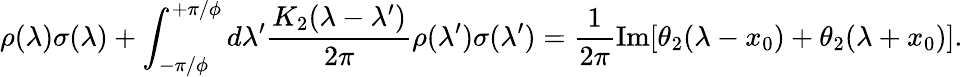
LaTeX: \rho(\lambda)\sigma(\lambda)+\int_{-\pi/\phi}^{+\pi/\phi}d\lambda^{\prime}\frac{K_{2}(\lambda-\lambda^{\prime})}{2\pi}\rho(\lambda^{\prime})\sigma(\lambda^{\prime})=\frac{1}{2\pi}\mathrm{Im}[\theta_{2}(\lambda-x_{0})+\theta_{2}(\lambda+x_{0})].